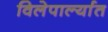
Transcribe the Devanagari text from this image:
विलेपार्ल्यात